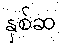
နှစ်ဆ